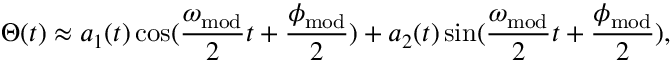
\Theta ( t ) \approx a _ { 1 } ( t ) \cos ( \frac { \omega _ { \mathrm { m o d } } } { 2 } t + \frac { \phi _ { \mathrm { m o d } } } { 2 } ) + a _ { 2 } ( t ) \sin ( \frac { \omega _ { \mathrm { m o d } } } { 2 } t + \frac { \phi _ { \mathrm { m o d } } } { 2 } ) ,